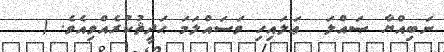
ނަބިއްޔާ ޞައްލަ  ޢަލައިހި ވަސައްލަމަ ޙަދީޘުކުރެއްވިއެވެ. (